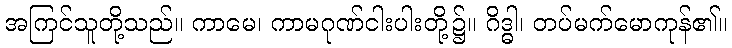
အကြင်သူတို့သည်။ ကာမေ၊ ကာမဂုဏ်ငါးပါးတို့၌။ ဂိဒ္ဓါ၊ တပ်မက်မောကုန်၏။